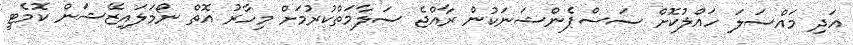
އަދި މައްސަލަ ހައްލުކޮށް ސަސްޕެންޝަނަކުން ރާއްޖެ ސަލާމަތްކުރުމަށް މިހާރު އޮތް ނޯމަލައިޒޭޝަން ކޮމެޓީ